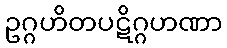
ဥဂ္ဂဟိတပဋိဂ္ဂဟဏာ